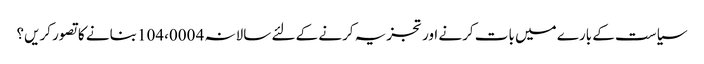
سیاست کے بارے میں بات کرنے اور تجزیہ کرنے کے لئے سالانہ 4 104،000 بنانے کا تصور کریں؟